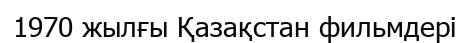
1970 жылғы Қазақстан фильмдері